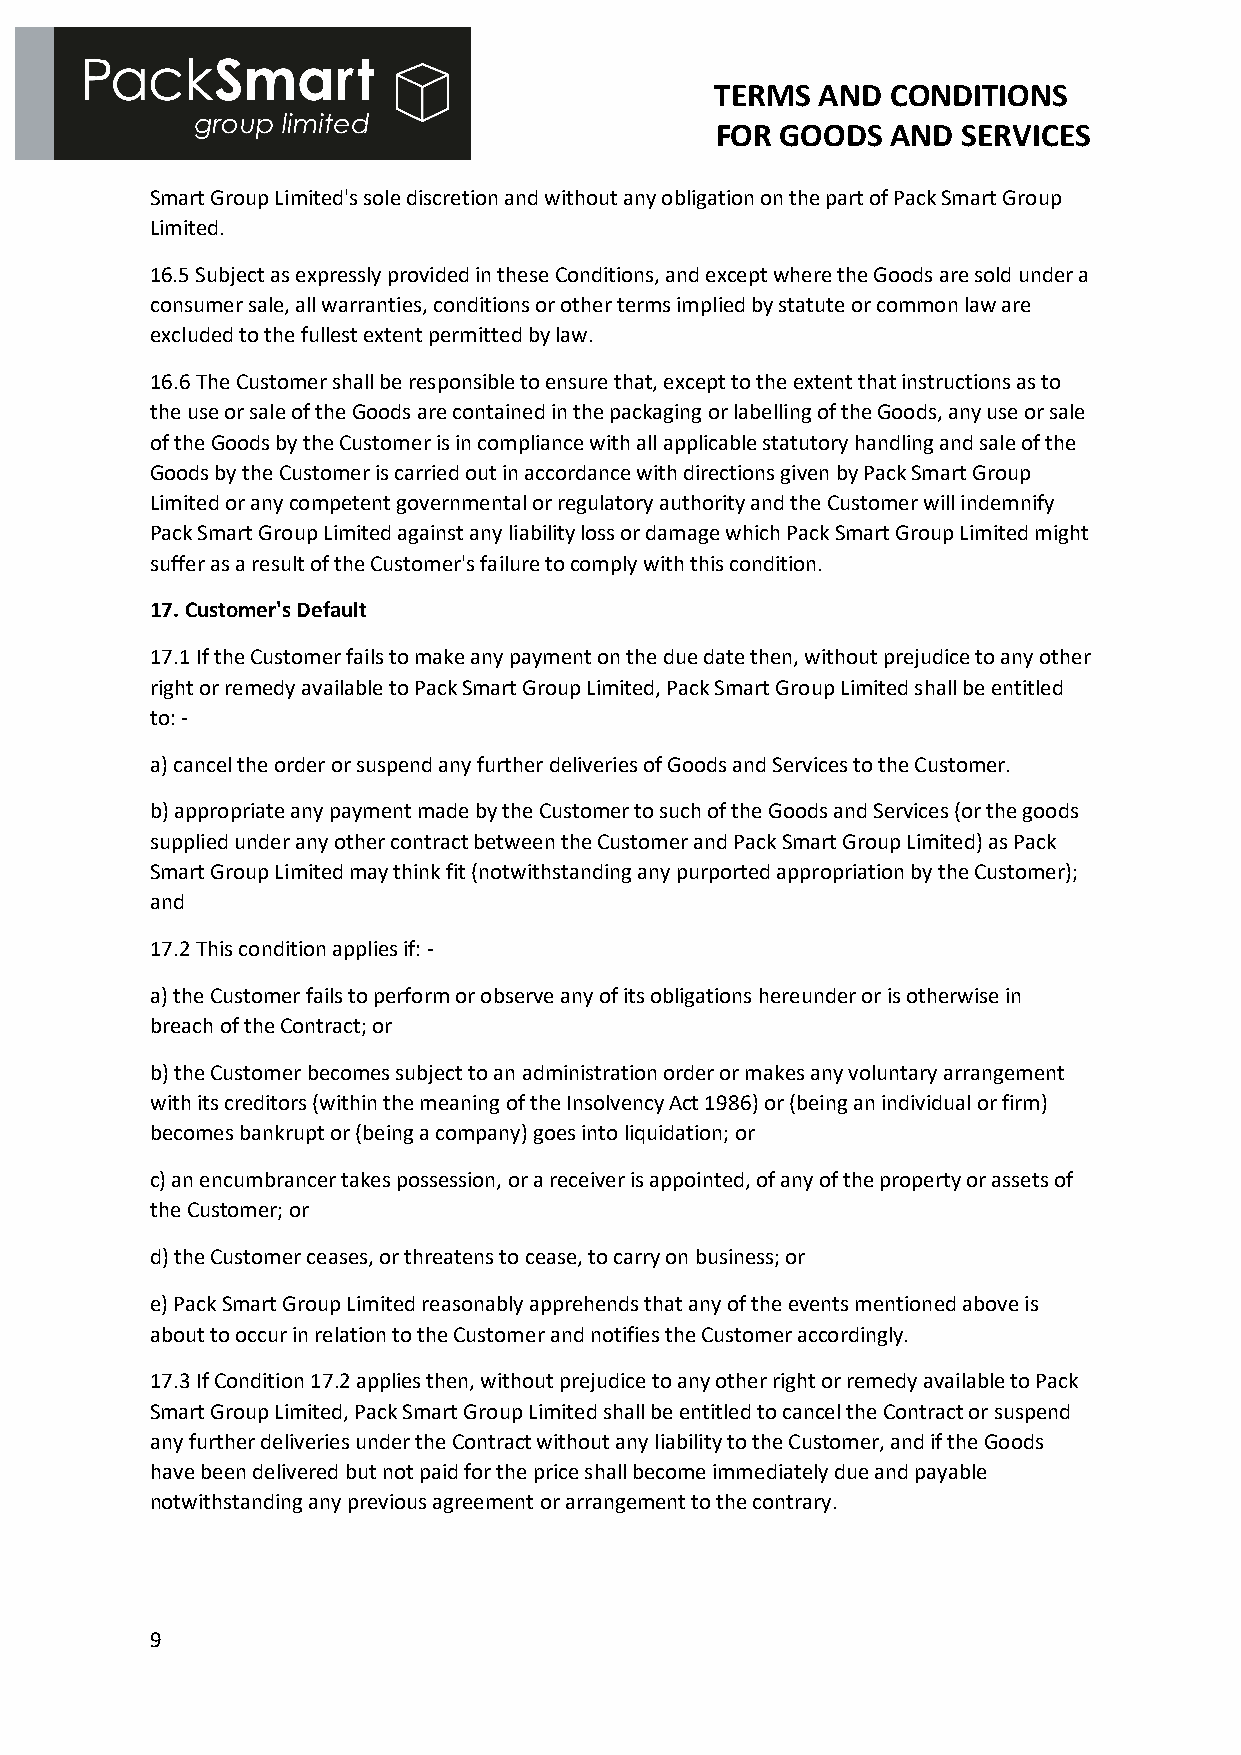
TERMS  AND  CONDITIONS
 FOR  GOODS  AND  SERVICES
 Smart Group Limited's sole discretion and without any obligation on the part of Pack Smart Group
 Limited.
 16.5 Subject as expressly provided in these Conditions, and except where the Goods are sold under a
 consumer sale, all warranties, conditions or other terms implied by statute or common law are
 excluded to the fullest extent permitted by law.
 16.6 The Customer shall be responsible to ensure that, except to the extent that instructions as to
 the use or sale of the Goods are contained in the packaging or labelling of the Goods, any use or sale
 of the Goods by the Customer is in compliance with all applicable statutory handling and sale of the
 Goods by the Customer is carried out in accordance with directions given by Pack Smart Group
 Limited or any competent governmental or regulatory authority and the Customer will indemnify
 Pack Smart Group Limited against any liability loss or damage which Pack Smart Group Limited might
 suffer as a result of the Customer's failure to comply with this condition.
 17. Customer's Default
 17.1 If the Customer fails to make any payment on the due date then, without prejudice to any other
 right or remedy available to Pack Smart Group Limited, Pack Smart Group Limited shall be entitled
 to: -
 a) cancel the order or suspend any further deliveries of Goods and Services to the Customer.
 b) appropriate any payment made by the Customer to such of the Goods and Services (or the goods
 supplied under any other contract between the Customer and Pack Smart Group Limited) as Pack
 Smart Group Limited may think fit (notwithstanding any purported appropriation by the Customer);
 and
 17.2 This condition applies if: -
 a) the Customer fails to perform or observe any of its obligations hereunder or is otherwise in
 breach of the Contract; or
 b) the Customer becomes subject to an administration order or makes any voluntary arrangement
 with its creditors (within the meaning of the Insolvency Act 1986) or (being an individual or firm)
 becomes bankrupt or (being a company) goes into liquidation; or
 c) an encumbrancer takes possession, or a receiver is appointed, of any of the property or assets of
 the Customer; or
 d) the Customer ceases, or threatens to cease, to carry on business; or
 e) Pack Smart Group Limited reasonably apprehends that any of the events mentioned above is
 about to occur in relation to the Customer and notifies the Customer accordingly.
 17.3 If Condition 17.2 applies then, without prejudice to any other right or remedy available to Pack
 Smart Group Limited, Pack Smart Group Limited shall be entitled to cancel the Contract or suspend
 any further deliveries under the Contract without any liability to the Customer, and if the Goods
 have been delivered but not paid for the price shall become immediately due and payable
 notwithstanding any previous agreement or arrangement to the contrary.
 9